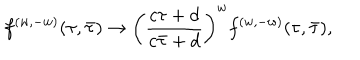
{ f ^ { ( w , - w ) } ( \tau , \bar { \tau } ) \to \left( { \frac { c \tau + d } { c \bar { \tau } + d } } \right) ^ { w } f ^ { ( w , - w ) } ( \tau , \bar { \tau } ) , }